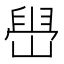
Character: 𫶋